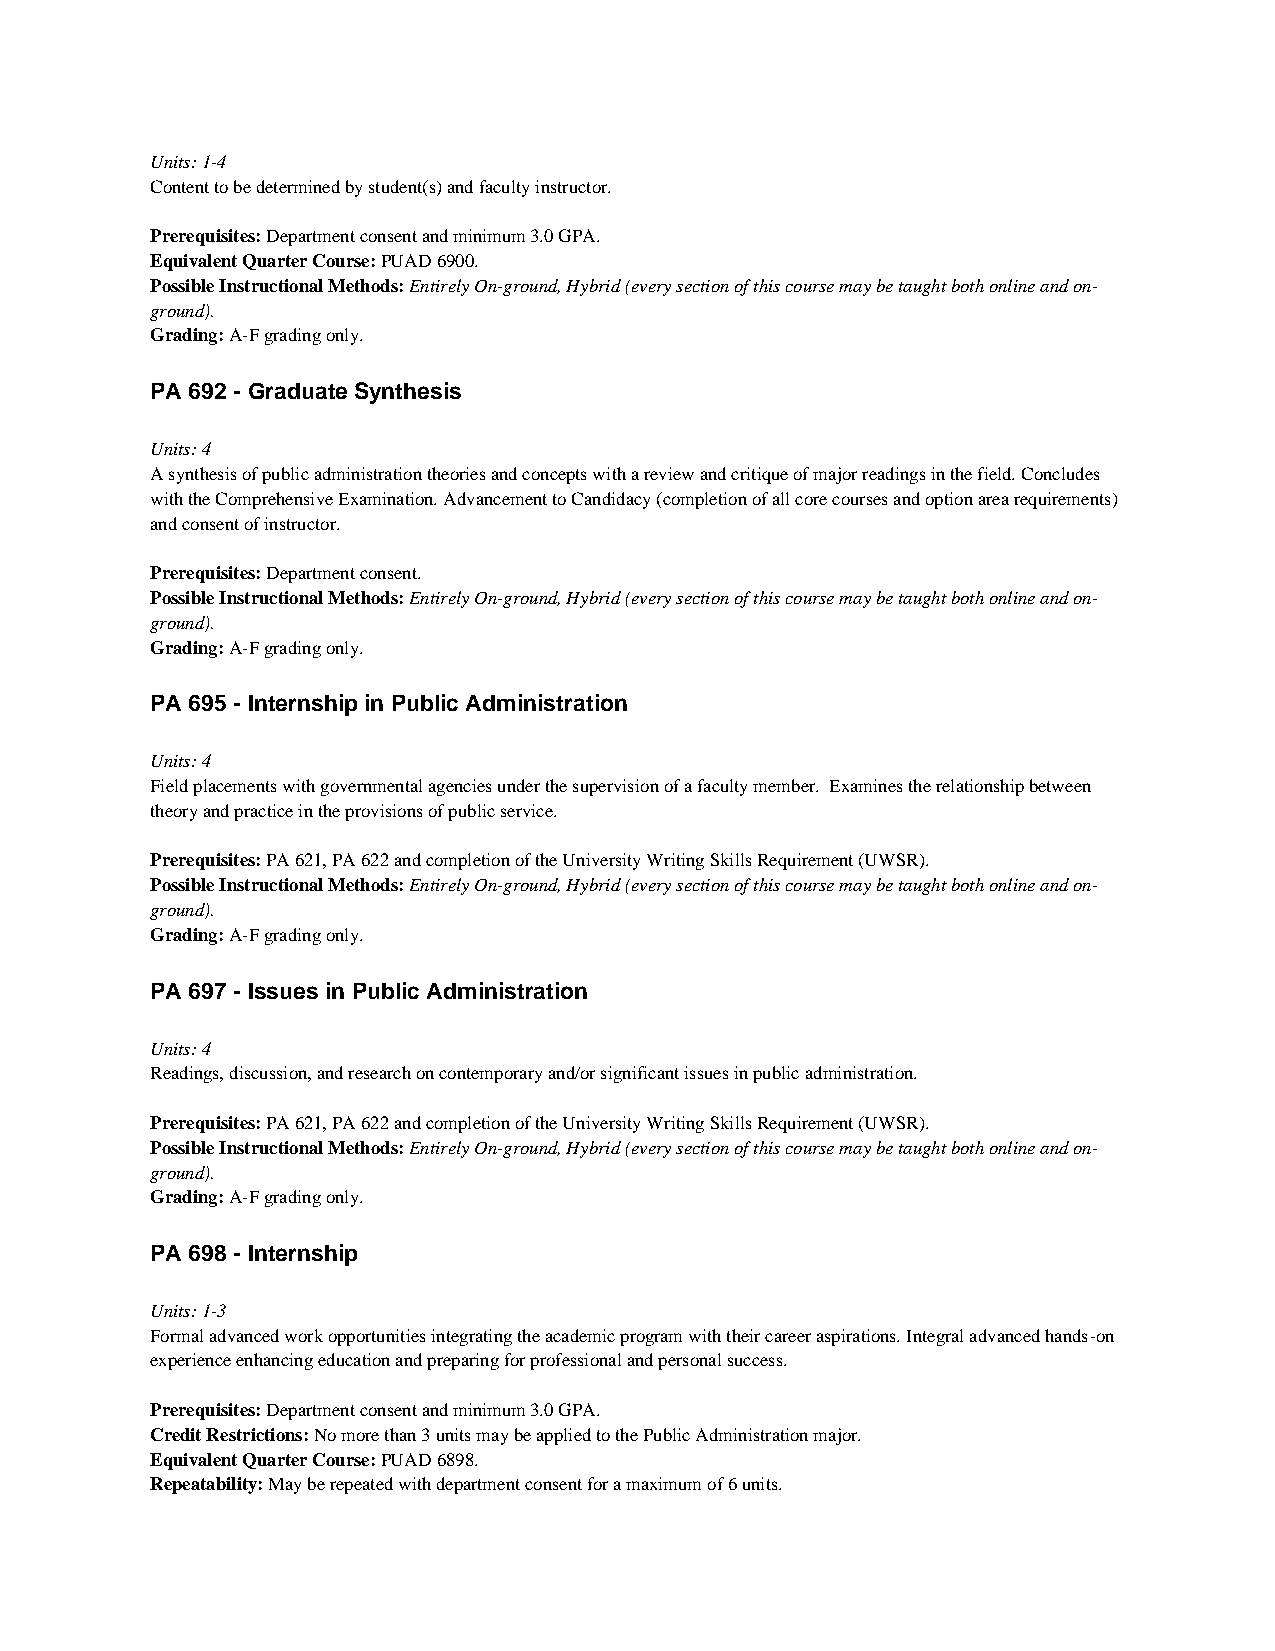
Units: 1-4
 Content to be determined by student(s) and faculty instructor.
 Prerequisites: Department consent and minimum 3.0 GPA.
 Equivalent Quarter Course: PUAD 6900.
 Possible Instructional Methods: Entirely On-ground, Hybrid (every section of this course may be taught both online and on-
 ground).
 Grading: A-F grading only.
 PA 692 - Graduate Synthesis
 Units: 4
 A synthesis of public administration theories and concepts with a review and critique of major readings in the field. Concludes
 with the Comprehensive Examination. Advancement to Candidacy (completion of all core courses and option area requirements)
 and consent of instructor.
 Prerequisites: Department consent.
 Possible Instructional Methods: Entirely On-ground, Hybrid (every section of this course may be taught both online and on-
 ground).
 Grading: A-F grading only.
 PA 695 - Internship in Public Administration
 Units: 4
 Field placements with governmental agencies under the supervision of a faculty member. Examines the relationship between
 theory and practice in the provisions of public service.
 Prerequisites: PA 621, PA 622 and completion of the University Writing Skills Requirement (UWSR).
 Possible Instructional Methods: Entirely On-ground, Hybrid (every section of this course may be taught both online and on-
 ground).
 Grading: A-F grading only.
 PA 697 - Issues in Public Administration
 Units: 4
 Readings, discussion, and research on contemporary and/or significant issues in public administration.
 Prerequisites: PA 621, PA 622 and completion of the University Writing Skills Requirement (UWSR).
 Possible Instructional Methods: Entirely On-ground, Hybrid (every section of this course may be taught both online and on-
 ground).
 Grading: A-F grading only.
 PA 698 - Internship
 Units: 1-3
 Formal advanced work opportunities integrating the academic program with their career aspirations. Integral advanced hands-on
 experience enhancing education and preparing for professional and personal success.
 Prerequisites: Department consent and minimum 3.0 GPA.
 Credit Restrictions: No more than 3 units may be applied to the Public Administration major.
 Equivalent Quarter Course: PUAD 6898.
 Repeatability: May be repeated with department consent for a maximum of 6 units.